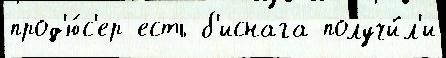
прод'ю́с'ер есть б'иснага получи́л'и